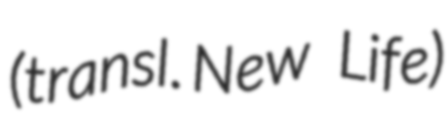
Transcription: (transl. New Life)